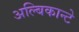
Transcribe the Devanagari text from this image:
अल्बिकान्टे